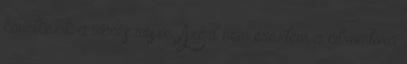
következik a vicces része. Azért nem éreztem a citromtora